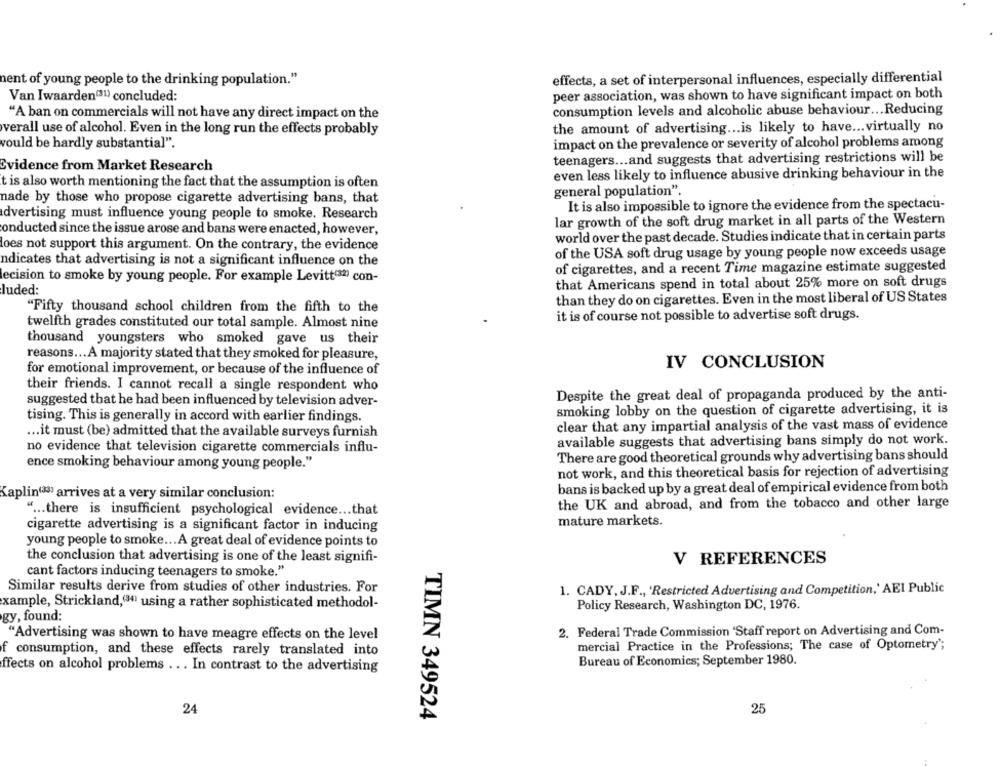
nent of young people to the drinking population."
effects, a set of interpersonal influences, especially differential
Van Iwaarden(31) concluded:
peer association, was shown to have significant impact on both
"A ban on commercials will not have any direct impact on the
consumption levels and alcoholic abuse behaviour ... Reducing
verall use of alcohol. Even in the long run the effects probably
the amount of advertising ... is likely to have ... virtually no
would be hardly substantial".
impact on the prevalence or severity of alcohol problems among
teenagers ... and suggests that advertising restrictions will be
Evidence from Market Research
even less likely to influence abusive drinking behaviour in the
t is also worth mentioning the fact that the assumption is often
nade by those who propose cigarette advertising bans, that
general population".
It is also impossible to ignore the evidence from the spectacu-
advertising must influence young people to smoke. Research
lar growth of the soft drug market in all parts of the Western
onducted since the issue arose and bans were enacted, however,
world over the past decade. Studies indicate that in certain parts
loes not support this argument. On the contrary, the evidence
of the USA soft drug usage by young people now exceeds usage
ndicates that advertising is not a significant influence on the
of cigarettes, and a recent Time magazine estimate suggested
lecision to smoke by young people. For example Levitt"32) con-
that Americans spend in total about 25% more on soft drugs
luded:
than they do on cigarettes. Even in the most liberal of US States
"Fifty thousand school children from the fifth to the
it is of course not possible to advertise soft drugs.
twelfth grades constituted our total sample. Almost nine
thousand youngsters who smoked gave us their
reasons ... A majority stated that they smoked for pleasure,
IV CONCLUSION
for emotional improvement, or because of the influence of
their friends. I cannot recall a single respondent who
Despite the great deal of propaganda produced by the anti-
suggested that he had been influenced by television adver-
smoking lobby on the question of cigarette advertising, it is
tising. This is generally in accord with earlier findings.
clear that any impartial analysis of the vast mass of evidence
... it must (be) admitted that the available surveys furnish
available suggests that advertising bans simply do not work.
no evidence that television cigarette commercials influ-
There are good theoretical grounds why advertising bans should
ence smoking behaviour among young people."
not work, and this theoretical basis for rejection of advertising
bans is backed up by a great deal of empirical evidence from both
Kaplin(38) arrives at a very similar conclusion:
the UK and abroad, and from the tobacco and other large
" ... there is insufficient psychological evidence ... that
mature markets.
cigarette advertising is a significant factor in inducing
young people to smoke ... A great deal of evidence points to
the conclusion that advertising is one of the least signifi-
V REFERENCES
cant factors inducing teenagers to smoke."
Similar results derive from studies of other industries. For
1. CADY, J.F ., 'Restricted Advertising and Competition,' AEI Public
xample, Strickland,(84) using a rather sophisticated methodol-
Policy Research, Washington DC, 1976.
gy, found:
"Advertising was shown to have meagre effects on the level
2. Federal Trade Commission 'Staff report on Advertising and Com-
f consumption, and these effects rarely translated into
mercial Practice in the Professions; The case of Optometry';
Bureau of Economics; September 1980.
ffects on alcohol problems ... In contrast to the advertising
24
25
TIMN 349524